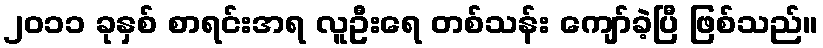
၂၀၁၁ ခုနှစ် စာရင်းအရ လူဦးရေ တစ်သန်း ကျော်ခဲ့ပြီ ဖြစ်သည်။